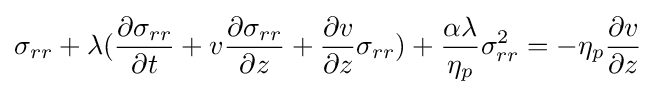
\sigma _{rr}+\lambda ({\frac {\partial \sigma _{rr}}{\partial t}}+v{\frac {\partial \sigma _{rr}}{\partial z}}+{\frac {\partial v}{\partial z}}\sigma _{rr})+{\frac {\alpha \lambda }{\eta _{p}}}\sigma _{rr}^{2}=-\eta _{p}{\frac {\partial v}{\partial z}}